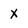
Character: x